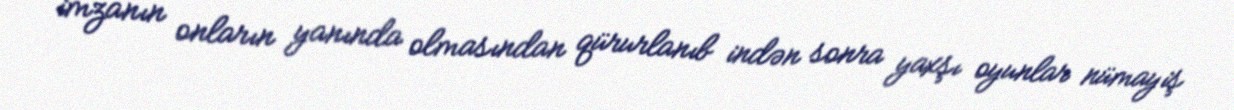
imzanın onların yanında olmasından qürurlanıb indən sonra yaxşı oyunlar nümayiş